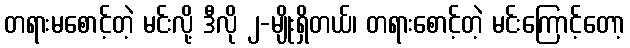
တရားမစောင့်တဲ့ မင်းလို့ ဒီလို ၂-မျိုးရှိတယ်၊ တရားစောင့်တဲ့ မင်းကြောင့်တော့